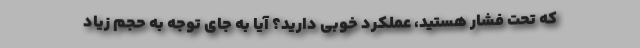
که تحت فشار هستید، عملکرد خوبی دارید؟ آیا به جای توجه به حجم زیاد